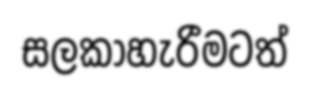
සලකාහැරීමටත්